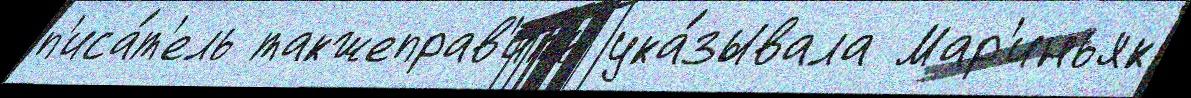
п'иса́т'ель такжеправ'ить ука́зывала Мар'иньяк